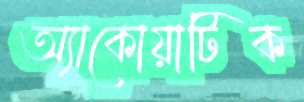
অ্যাকোয়াটিক